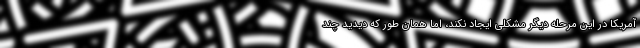
آمریکا در این مرحله دیگر مشکلی ایجاد نکند، اما همان طور که دیدید چند